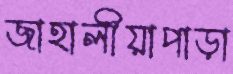
জাহালীয়াপাড়া